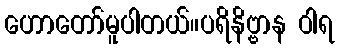
ဟောတော်မူပါတယ်။ပရိနိဗ္ဗာန ဝါရ